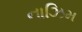
નાઝિમ